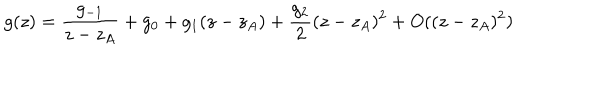
LaTeX: g ( z ) = \frac { g _ { - 1 } } { z - z _ { A } } + g _ { 0 } + g _ { 1 } ( z - z _ { A } ) + \frac { g _ { 2 } } { 2 } ( z - z _ { A } ) ^ { 2 } + O ( ( z - z _ { A } ) ^ { 2 } )